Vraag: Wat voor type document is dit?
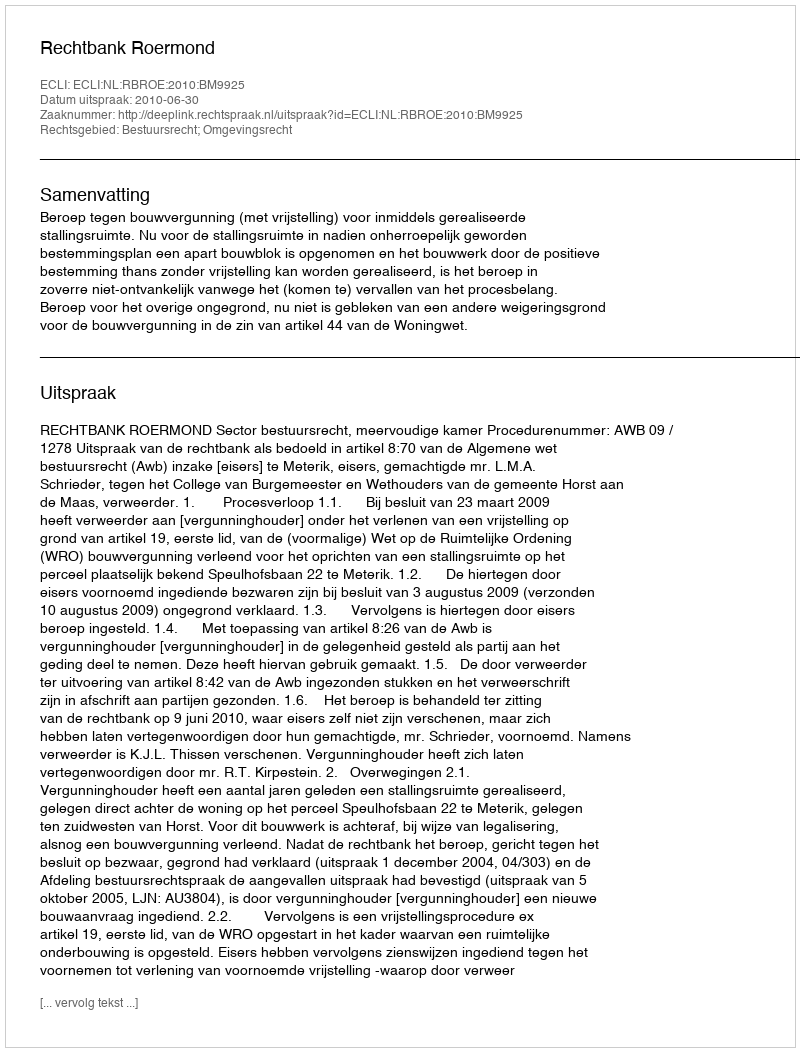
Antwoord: Uitspraak